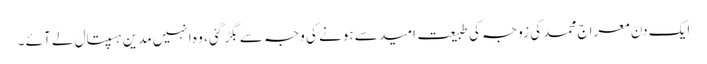
ایک دن معراج محمد کی زوجہ کی طبیعت امید سے ہونے کی وجہ سے بگڑ گئی ، وہ انہیں مدین ہسپتال لے آئے ۔